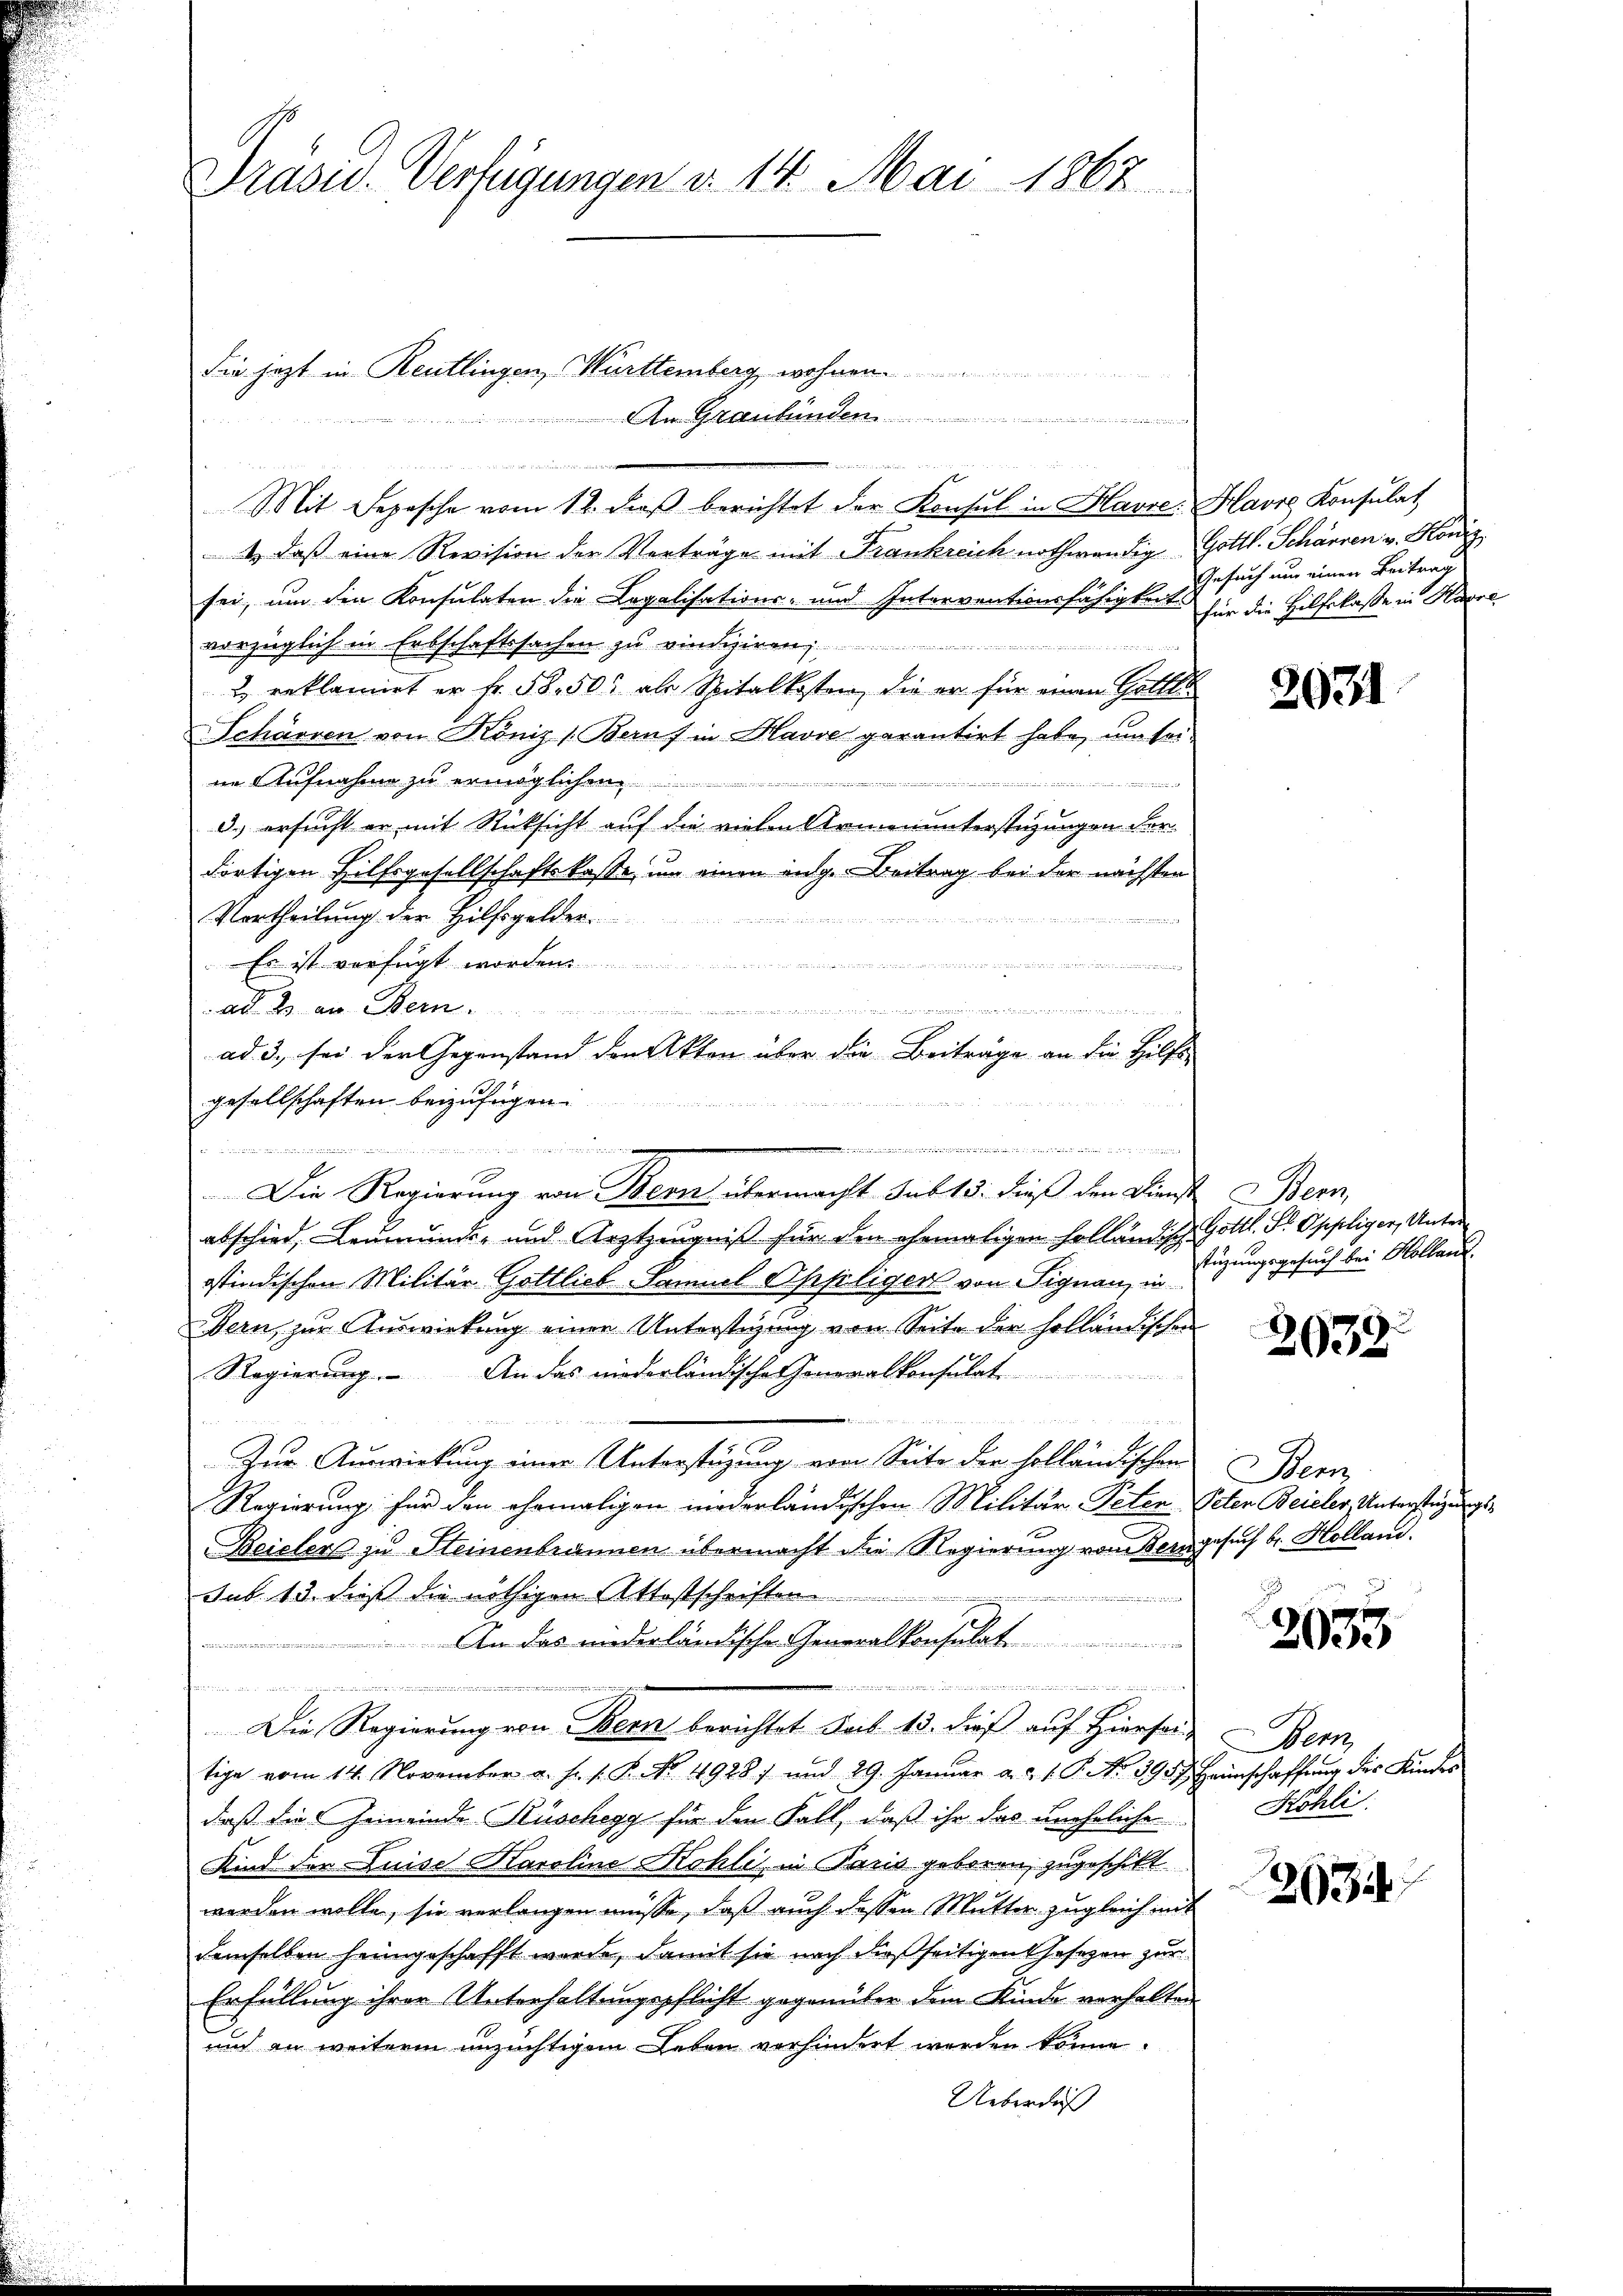
Prasis. Verfügungen v. 14. Mai 1867

die jetzt in Reutlingen Württemberg, wohnen.
An Graubünden...........

Mit Sepesche vom 12. daβ berichtet der Konsul in Havre: Havre Konsulat
1. daß eine Revision der Verträge mit Frankreich nothwendig Gottl. Schärren v. König.
sei, um den Konsulaten die Legalisations- und Interventionsfähigkeits
vorzüglich in Erbschaftssachen zŭ vindigiren,

2 reklamirt er fr. 58. 50 als Spitalkosten, die er für einen Gottlo
Schärren von Köniz (Berns in Havre parantirt habe, um seiim Aufnahme zu ermöglichen
Ticin innern der
iinen ei
3.) ersucht er mit Rücksicht auf die vielen Armenunterstüzungen der
dortigen Hilfsgesellschaftskasse, um einen eng.- Beitrag bei der nächsten
Vertheilung der Hilfsgelder
n
Es ist verfügt worden

ad. 2. an Bern.
gesellschaften beizufügen..............
i in einen meineinandenen seiner in eine einzelne
Die Regierung von Bern übermacht sub 15. dieß den Dienst
abschied, Leumunds- und Arztzeugniß für den ehemaligen holländisch Gottl. Pr. Oppliger, Unterstindischen Militär Gottlich-Samuel Oppliger von Signau, in
Bern, zur Auswirkung einen Unterstüzung von Seite die holländischen
Regierung. An das niederländische Honoralkonsulat

Zur Auswirkung einer Unterstüzung von Seite der holländischen
Regierung für den ehemaligen niederländischen Militär-Peten Peter Beieler, Unterstüzungs¬
Beicher zu Steinenbrannen übermacht die Regierung vom Bern gesuch br. Holland.
sub 15. dieß die nöthigen Attestschrift ..................................................
An das niederländischen Generalkonsulat

.
Die Regierung von Bern berichtet sub 15. dieß auf Hiersei-
tige vom 14. November a. h. s. P. Nr. 19287 und 29. Januar a. d. 1. P. Nr. 3957. Heimschaffung des Kindes
daß die Gemeinde Rüschegg für den Fall, daß ihr das uneheliche
Kind der Luise Karoline Kohlis in Paris geboren, zugeschikt
worden wolle, sie verlangen müsse, daß auch dessen Mutter zugleich mit
demselben heimgeschafft werde, damit sie nach dießseitigen Gesezen zur
Erfüllung ihrer Unterhaltungspflicht gegenüber dem Kinde verhalten
und an weiterm unzüchtigem Leben vorhindert werden könne.
Ueberdieß

da die der den der Berner als in der Statt der
ad 3., sei der Gegenstand den Akten über die Beiträge an die Hilfs-
.

Gesuch um einen Beitrag
für die Hilfskasse in Haare

2031

Bern
stüzungsgesuch bei Hollau

2039.

Bem
n

2033

Bern,
Kohli

26